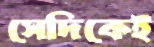
সেদিকেই